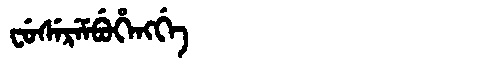
Manchu: ᠸᡠᠰᡝᡵᡝᠮᠪᡠᡥᡝᠩᡤᡝ
Romanization: FUSEREMBUHENGGE